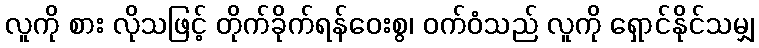
လူကို စား လိုသဖြင့် တိုက်ခိုက်ရန်ဝေးစွ၊ ဝက်ဝံသည် လူကို ရှောင်နိုင်သမျှ